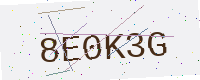
Text: 8E0K3G